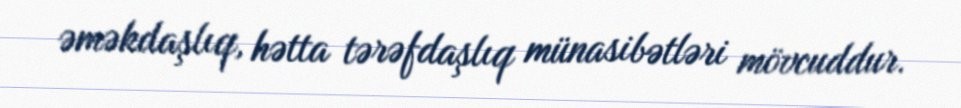
əməkdaşlıq, hətta tərəfdaşlıq münasibətləri mövcuddur.